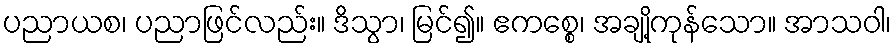
ပညာယစ၊ ပညာဖြင်လည်း။ ဒိသွာ၊ မြင်၍။ ဧကစ္စေ၊ အချို့ကုန်သော။ အာသဝါ၊